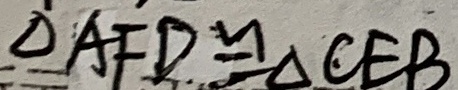
\Delta A F D \cong \Delta C E B